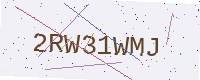
Text: 2RW31WMJ